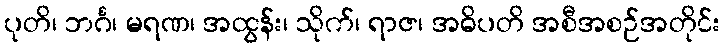
ပုတိ၊ ဘင်္ဂ၊ မရဏ၊ အထွန်း၊ သိုက်၊ ရာဇ၊ အဓိပတိ အစီအစဉ်အတိုင်း